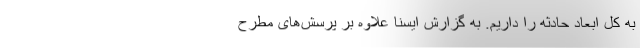
به کل ابعاد حادثه را داریم. به گزارش ایسنا علاوه بر پرسش‌های مطرح